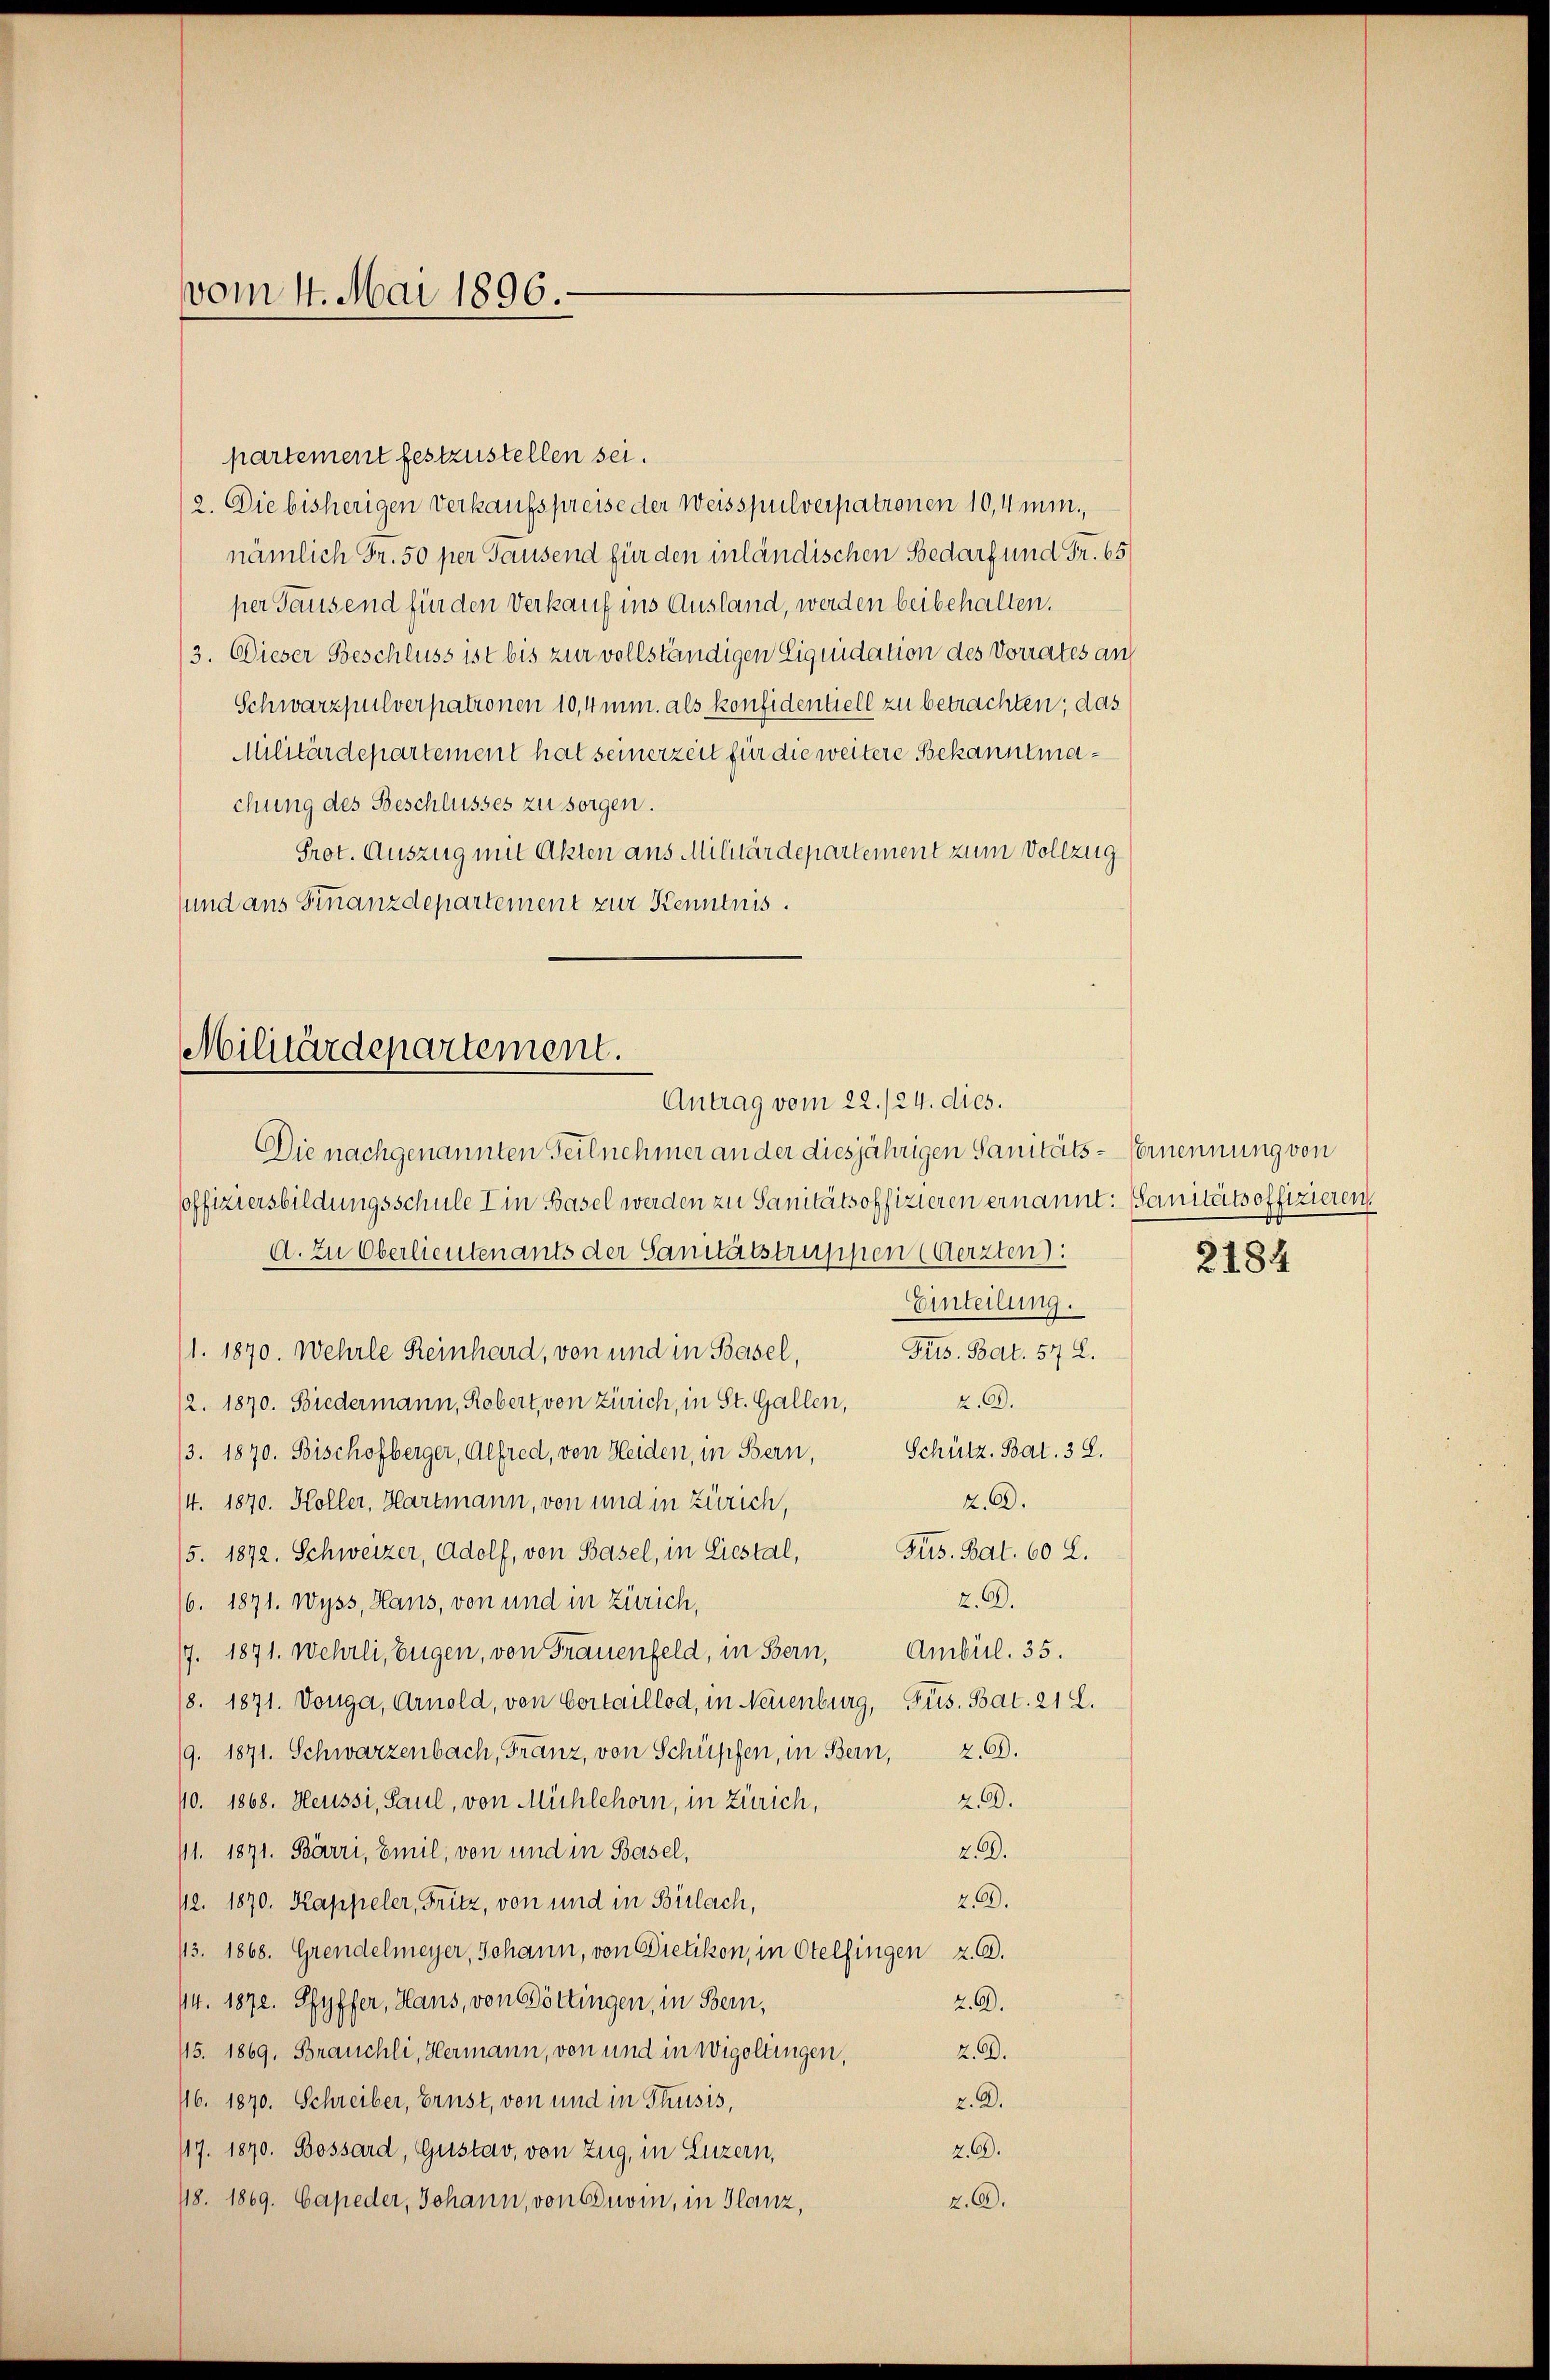
vom 1. Mai 1896.

partement festzustellen sei.
2. Die bisherigen Verkaufspreise der Weisspulverpatronen 10,4 minnämlich Fr. 50 per Tausend für den inländischen Bedarf und Fr. 65
per Tausend für den Verkauf ins Ausland, werden beibehalten.
3. Dieser Beschluss ist bis zur vollständigen Liquidation des Vorrates an
Schwarzpulverpationen 10,4mmn. als konfidentiell zu betrachten; das
Militärdepartement hat seinerzeit für die weitere Bekanntmachung des Beschlusses zu sorgen.
Prot. Auszug mit Akten aus Militärdepartement zum Vollzug
sund ans Finanzdepartement zur Kenntnis.

Militärdepartement.
Antrag vom 22./24. dies.

Die nachgenannten Teilnehmer an der diesjährigen Sanitäts-Vernennung von
soffiziersbildungsschule I in Basel werden zu Sanitätsoffizieren ernannt: Sanitätsoffizieren
A. Zu Oberlieutenants der Sanitätstruppen (Aerzten):
Einteilung.
Frs. Bat. 57 L.
/1. 1870. Wehrle Reinhard, von und in Basel,
2.G.
12. 1870. Biedermann, Rebert, von Zürich, in St. Gallen,
/3. 1870. Bischofberger, Alfred, von Heiden, in Bern, Schütz, Bat. 38.
2.6.
/4. 1870. Koller, Hartmann, von und in Zürich,
/5. 1872. Schweizer, Adolf, von Basel, in Liestal, Gus. Bat. 60 L.
z. B.
/6. 1871. Wyss, Haus, von und in Zürich,
7. 1871. Wehrli, Eugen, von Frauenfeld, in Bern, Ambül. 35.
(8. 1871. Vonga, Arnold, von Cortaillod, in Neuenburg, Pus. Bat. 21 L.
9. 1871. Schwarzenbach, Franz, von Schüpfen, in Bern, z. B.
20.
10. 1868. Heussi, Paul, von Mühlehorn, in Zürich,
111. 1871. Bärri, Emil, von und in Basel,
2.2.
2.A.
112. 1870. Kappeler, Fritz, von und in Birlach,
113. 1868. Grendelmeyer, Johann, von Pietikon, in Otelfingen z. B.
/14. 1870. Pfyffer, Hans, von Göttingen, in Bern,
2.6.
45. 1869. Brauchli, Hermann, von und in Wigoltingen,
2. A.
2. A.
116. 1870. Schreiber, Ernst, von und in Thusis,
2.6.
417. 1870. Bossard, Gustav, von Zug, in Luzern,
2.6.
48. 1869. Capeder, Johann, von Cuvin, in Glanz,

2184